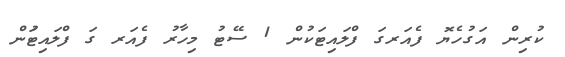
ކުރިން އަގުހެޔޮ ފެއަރގަ ފްލައިޓަކުން 1 ސޭޓު މިހާރު ފެއަރ ގަ ފްލައިޓަުން